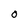
Character: O